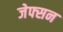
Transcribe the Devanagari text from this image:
जेफ्सन